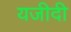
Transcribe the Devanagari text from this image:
यजीदी